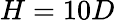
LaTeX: H=10D